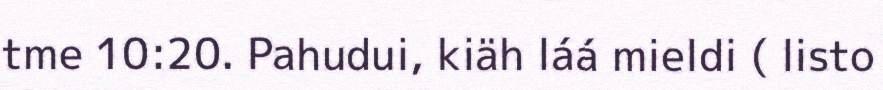
tme 10:20. Pahudui, kiäh láá mieldi ( listo